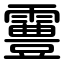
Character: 霻